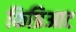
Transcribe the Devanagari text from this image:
किप्रिआट